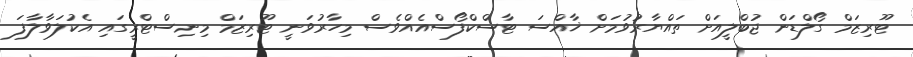
ޓޫރިޒަމް ގޯލްޑަން ޖުބްލީއަށް ތައްޔާރުވުމަށް ޚާއްސަ ޓާސްކްފޯސްއެއްވެސް މިހާރުވަނީ ޓޫރިޒަމް މިނިސްޓްރީގައި އެކުލަވާލާފަ